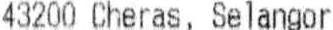
43200 CHERAS, SELANGOR